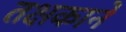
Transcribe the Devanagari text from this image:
तक्षकाने